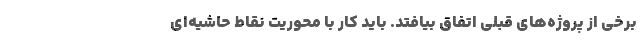
برخی از پروژه‌های قبلی اتفاق بیافتد. باید کار با محوریت نقاط حاشیه‌ای